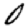
Digit: 0